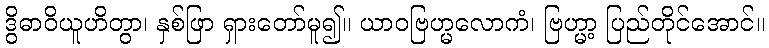
ဒွိဓာဝိယူဟိတွာ၊ နှစ်ဖြာ ရှားတော်မူ၍။ ယာဝဗြဟ္မလောကံ၊ ဗြဟ္မာ့ ပြည်တိုင်အောင်။